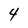
Character: 4